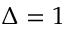
\Delta = 1